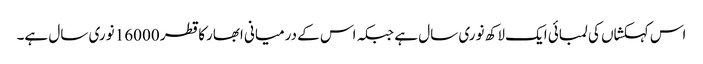
اس کہکشاں کی لمبائی ایک لاکھ نوری سال ہے جبکہ اس کے درمیانی ابھارکا قطر 16000 نوری سال ہے۔